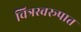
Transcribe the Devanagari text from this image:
चित्रस्वरूपात